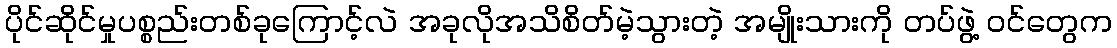
ပိုင်ဆိုင်မှုပစ္စည်းတစ်ခုကြောင့်လဲ အခုလိုအသိစိတ်မဲ့သွားတဲ့ အမျိုးသားကို တပ်ဖွဲ့ ဝင်တွေက